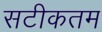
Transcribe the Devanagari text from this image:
सटीकतम